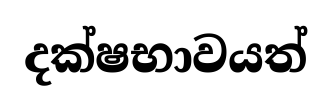
දක්ෂභාවයත්